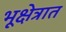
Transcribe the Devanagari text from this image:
भूक्षेत्रात